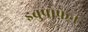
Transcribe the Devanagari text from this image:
इबुप्रोफ़ेन